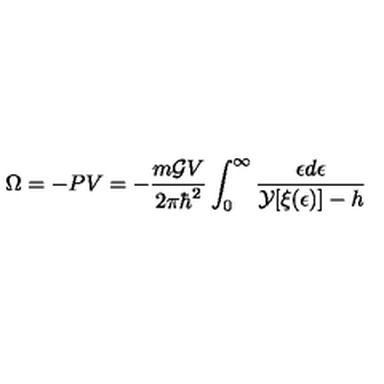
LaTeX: \Omega = - P V = - \frac { m { \cal { G } } V } { 2 \pi { \hbar } ^ { 2 } } \int _ { 0 } ^ { \infty } \frac { \epsilon d \epsilon } { { \cal { Y } } [ \xi ( \epsilon ) ] - h }